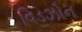
વિડઝોન